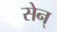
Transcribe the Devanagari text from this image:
सेन्‌